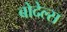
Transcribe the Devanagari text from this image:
बोदेल्स